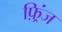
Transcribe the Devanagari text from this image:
फ़्रिंज